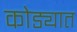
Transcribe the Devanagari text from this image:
कोड्यात